Scientific memoirs by medical officers of the Army of India - Part XI,
Year: 1898
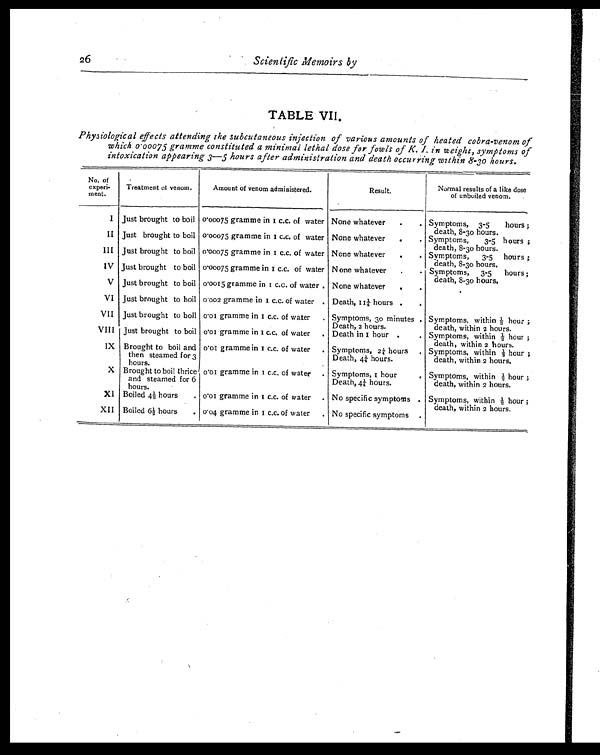
26 Scientific Memoirs by
TABLE VII.
Physiological effects attending the subcutaneous injection of various amounts of heated cobra-venom of
which 0.00075 gramme constituted a minimal lethal dose for fowls of K. I. in weight, symptoms of
intoxication appearing 3—5 hours after administration and death occurring within 8-30 hours.
No. of
experi-
ment.
Treatment of venom.
Amount of venom administered.
R e s u l t .
Normal results of a like dose
of unbuiled venom.
I
Just brought to boil 0.0075 gramme in 1 c.c. of water None whatever
.
. Symptoms, 3-5
hours
death, 8-30 hours.
II Just brought to boil 0.00075 gramme in 1 c.c. of water None whatever
.
. Symptoms, 3-5 hours ;
death, 8-30 hours.
III Just brought to boil 0.00075 gramme in 1c . c .
o f w a t e r None whatever
.
. Symptoms, 3-5 hours ;
death, 8-30 hours.
IV Just brought to boil 0.00075 gramme in 1 c.c. of water None whatever
.
. Symptoms, 3-5 hours ;
death, 8-30 hours.
V Just brought to boil 0.0015 gramme in 1c . c . o f w a t e r None whatever
. .
VI Just brought to boil 0.002 gramme in 1c . c . o f w a t e r
. Death, 11¼. hours .
.
VII Just brought to boil 0.01 gramme in 1c . c . o f w a t e r
. Symptoms, 30 minutes
Death, 2 hours.
Symptoms, within ½h o u r ;
death, within 2 hours.
VIII Just brought to boil 0.01 gramme in 1c . c . o f w a t e r
. Death in 1 hour . . Symptoms, within ½ hour ;
death, within 2 hours.
IX Brought to boil and
then steamed for 3
hours.
0.01 gramme in 1 c.c. of water . Symptoms, 2¼h o u r s
Death, 4¼ hours.
Symptoms, within ½ hour ;
death, within 2 hours.
X Brought to boil thrice
and steamed for 6
hours.
0.01 gramme in 1c . c . o f w a t e r
. Symptoms, 1 hour
Death, 4¼ hours.
Symptoms, within ½ hour ;
death, within 2 hours.
XI Boiled 4½ hours . 0.01 gramme in 1 c.c. of water . No specific symptoms . Symptoms, within ½ hour ;
death, within 2 hours.
XII Boiled 6½ hours . 0.04 gramme in 1c . c . o f w a t e r
. No specific symptoms .